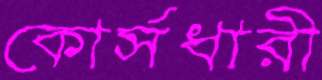
কোর্সধারী